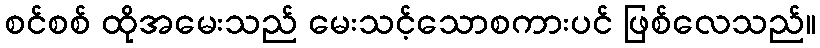
စင်စစ် ထိုအမေးသည် မေးသင့်သောစကားပင် ဖြစ်လေသည်။